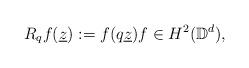
LaTeX: \begin{align*}R_qf(\underline{z}):=f(q\underline{z})f\in H^2(\mathbb D^d),\end{align*}